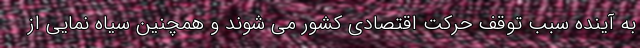
به آینده سبب توقف حرکت اقتصادی کشور می شوند و همچنین سیاه نمایی از